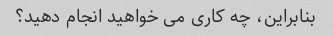
بنابراین، چه کاری می خواهید انجام دهید؟